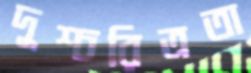
দুশ্চরিত্রতা